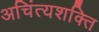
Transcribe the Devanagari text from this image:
अचिंत्यशक्ति